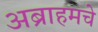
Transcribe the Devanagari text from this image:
अब्राहमचे